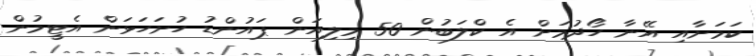
ކަމަށާއި އޭނާ ހޯދުމަށް އެ ކްލަބުން 50 މިލިއަން ޕައުންޑު ހުށަހަޅަން އެޓީމުން